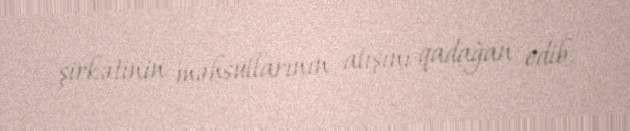
şirkətinin məhsullarının alışını qadağan edib.